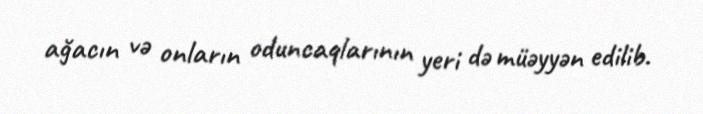
ağacın və onların oduncaqlarının yeri də müəyyən edilib.